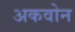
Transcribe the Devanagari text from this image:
अकवोन